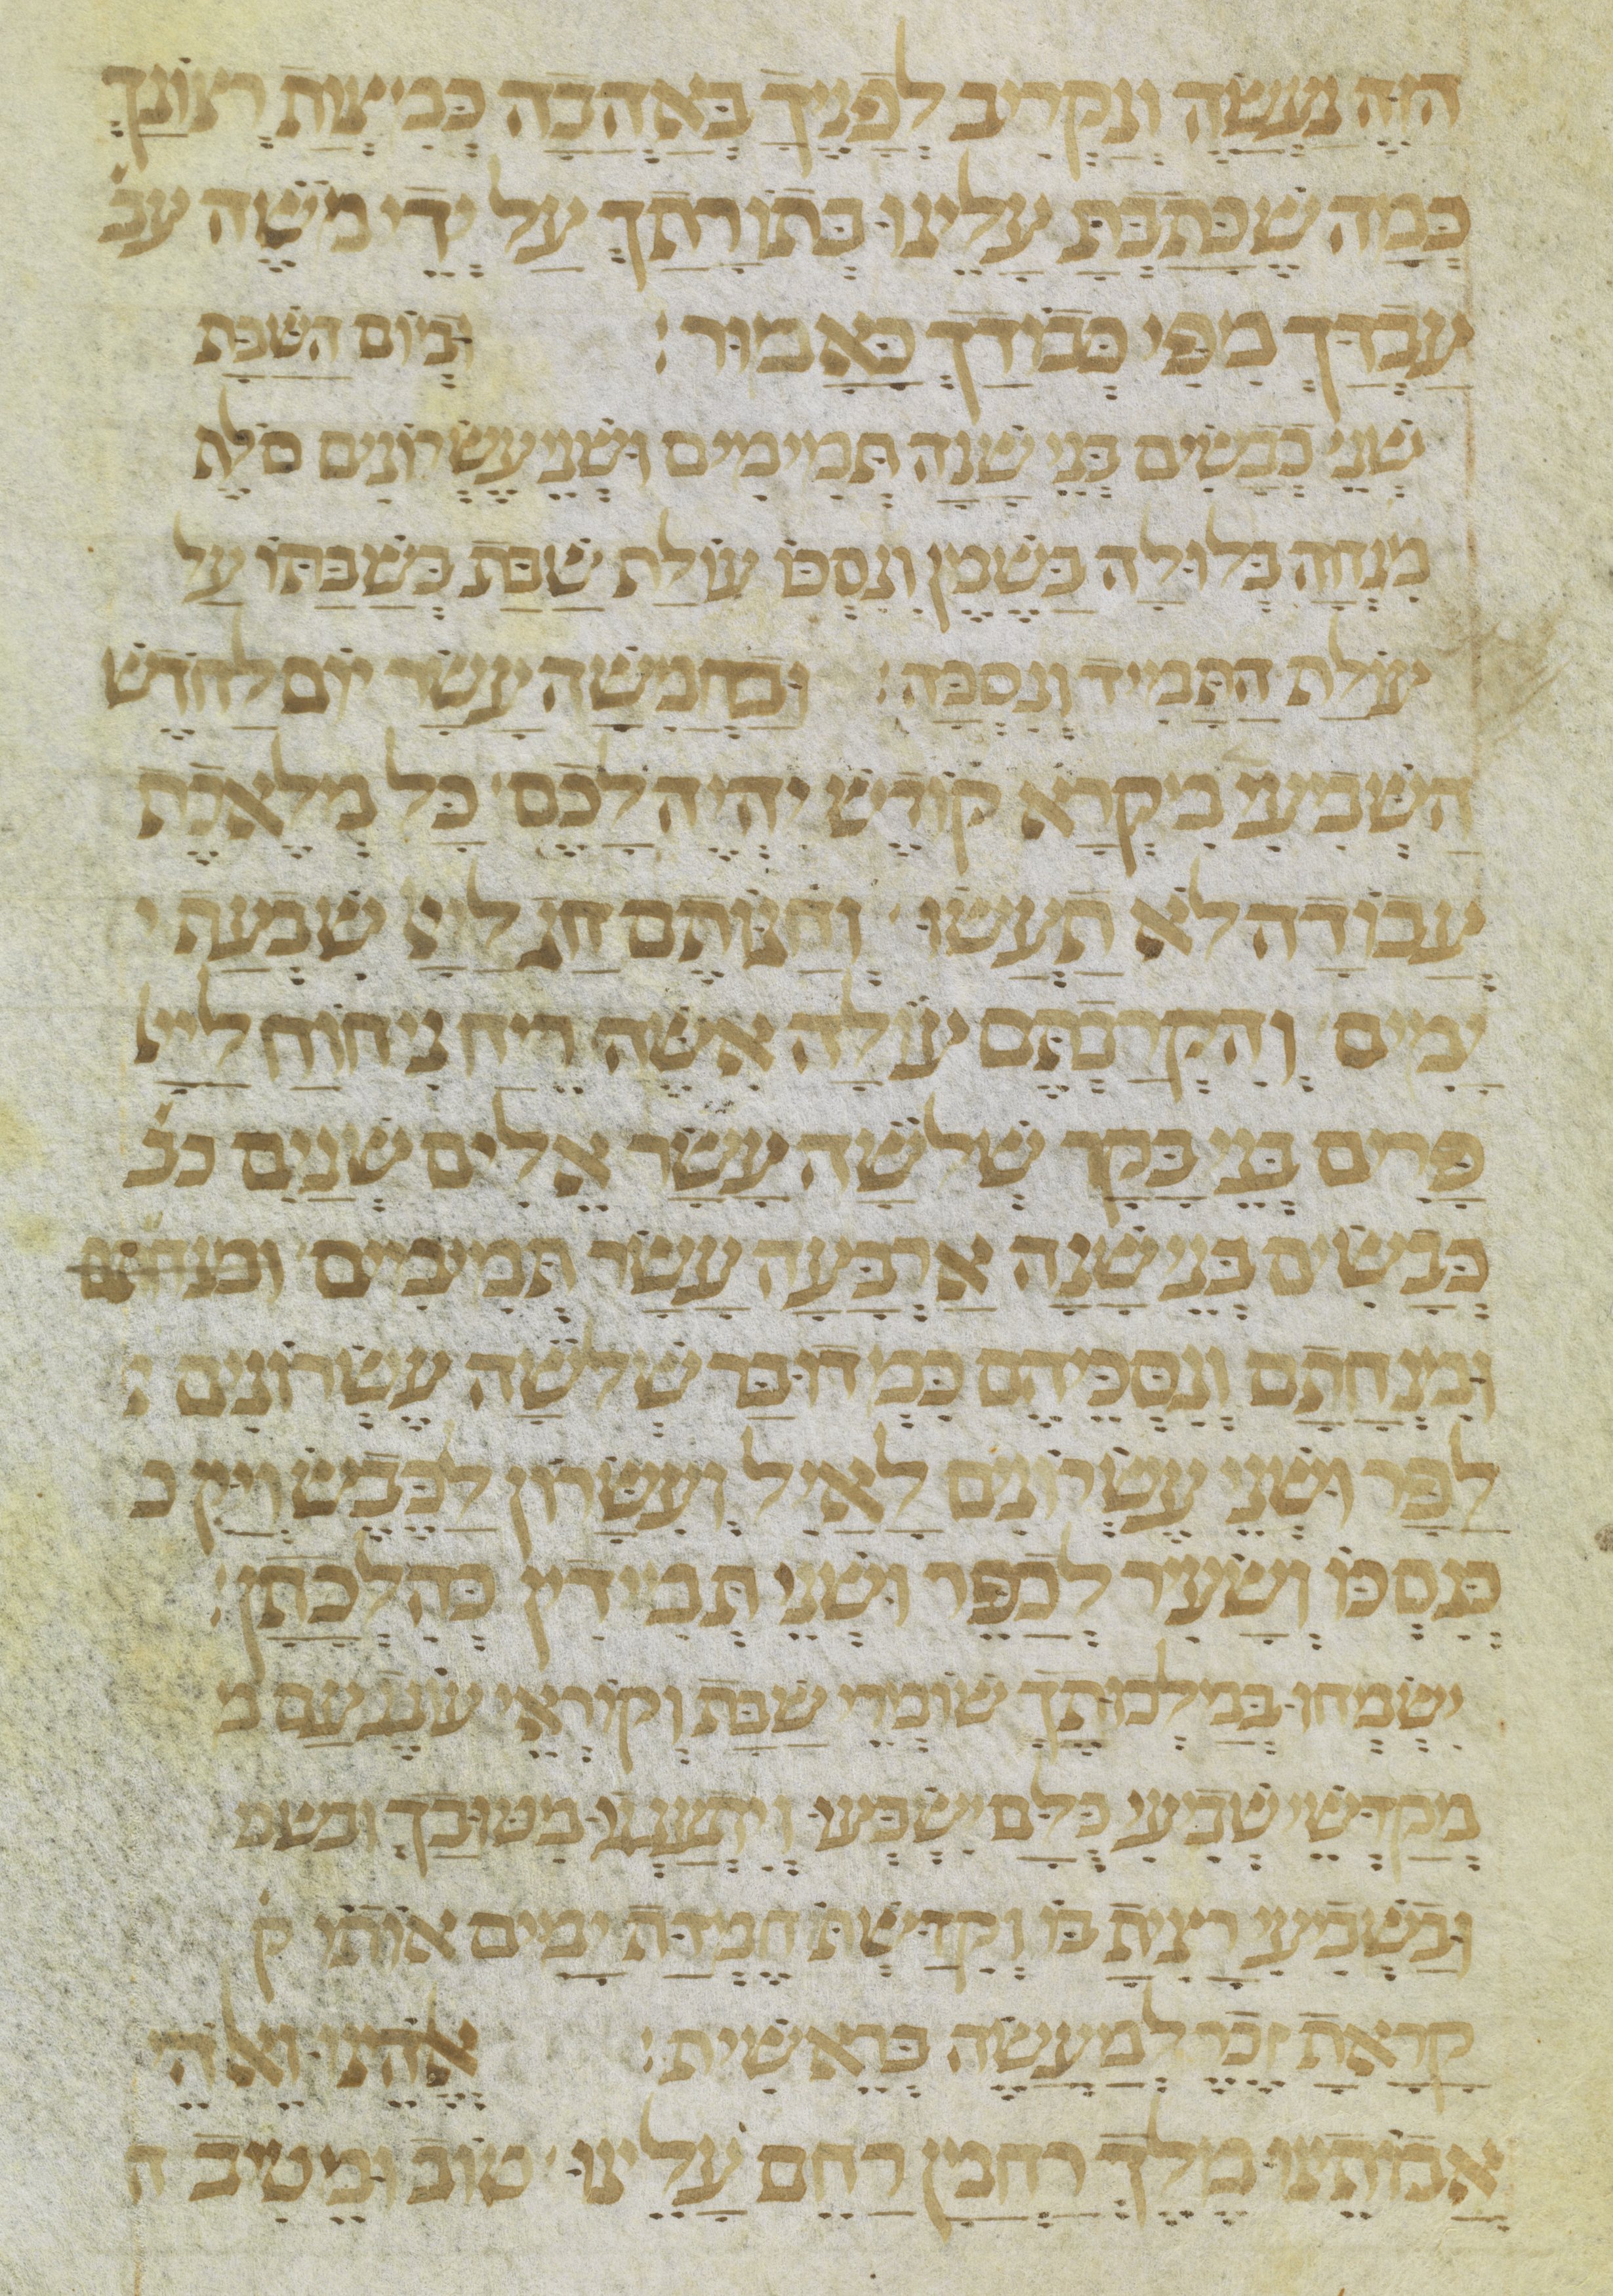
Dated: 1300–1399